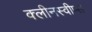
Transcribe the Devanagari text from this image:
क्लीनस्वीप्स